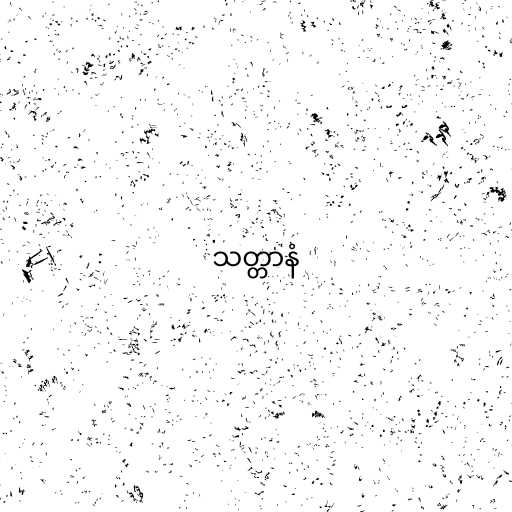
သတ္တာနံ